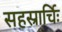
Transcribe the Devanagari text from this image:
सहस्रार्चिः